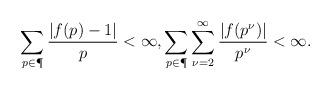
LaTeX: \begin{align*} \sum_{p\in \P} \frac{|f(p)-1|}{p} < \infty, \sum_{p\in \P} \sum_{\nu=2}^{\infty} \frac{|f(p^\nu)|}{p^\nu} < \infty.\end{align*}